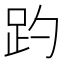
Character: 趵